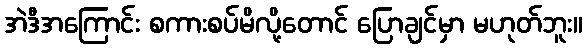
အဲဒီအကြောင်း စကားစပ်မိလို့တောင် ပြောချင်မှာ မဟုတ်ဘူး။